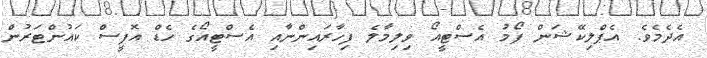
އެދެމެވެ. އެޕްލިކޭޝަން ފޯމު އެސްޓީއޯ ވިލިމާލެ ފިހާރައިންނާއި އެސްޓީއޯގެ ހެޑް އޮފީސް ކައުންޓަރުން